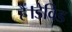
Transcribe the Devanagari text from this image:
हैं।डेविड